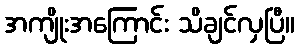
အကျိုးအကြောင်း သိချင်လှပြီ။